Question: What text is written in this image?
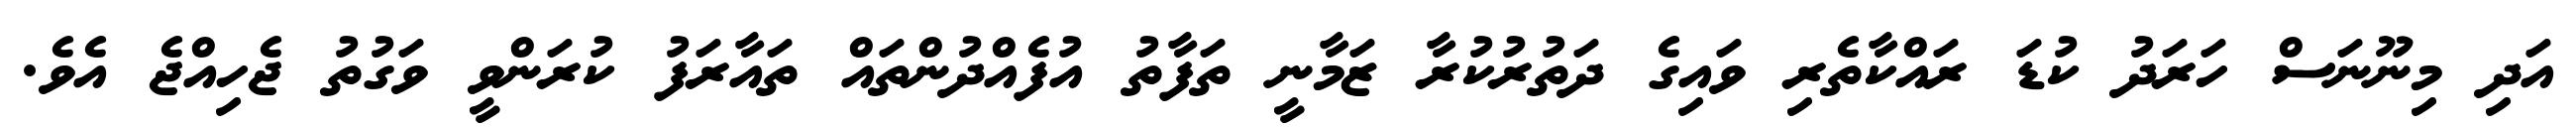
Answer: އަދި މިނޫނަސް ހަރަދު ކުޑަ ރައްކާތެރި ވައިގެ ދަތުރުކުރާ ޒަމާނީ ތަފާތު އުފެއްދުންތައް ތައާރަފު ކުރަންވީ ވަގުތު ޖެހިއްޖެ އެވެ.